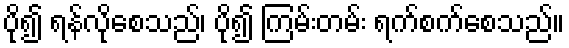
ပို၍ ရန်လိုစေသည်၊ ပို၍ ကြမ်းတမ်း ရက်စက်စေသည်။